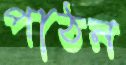
পাঠন